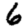
Digit: 6